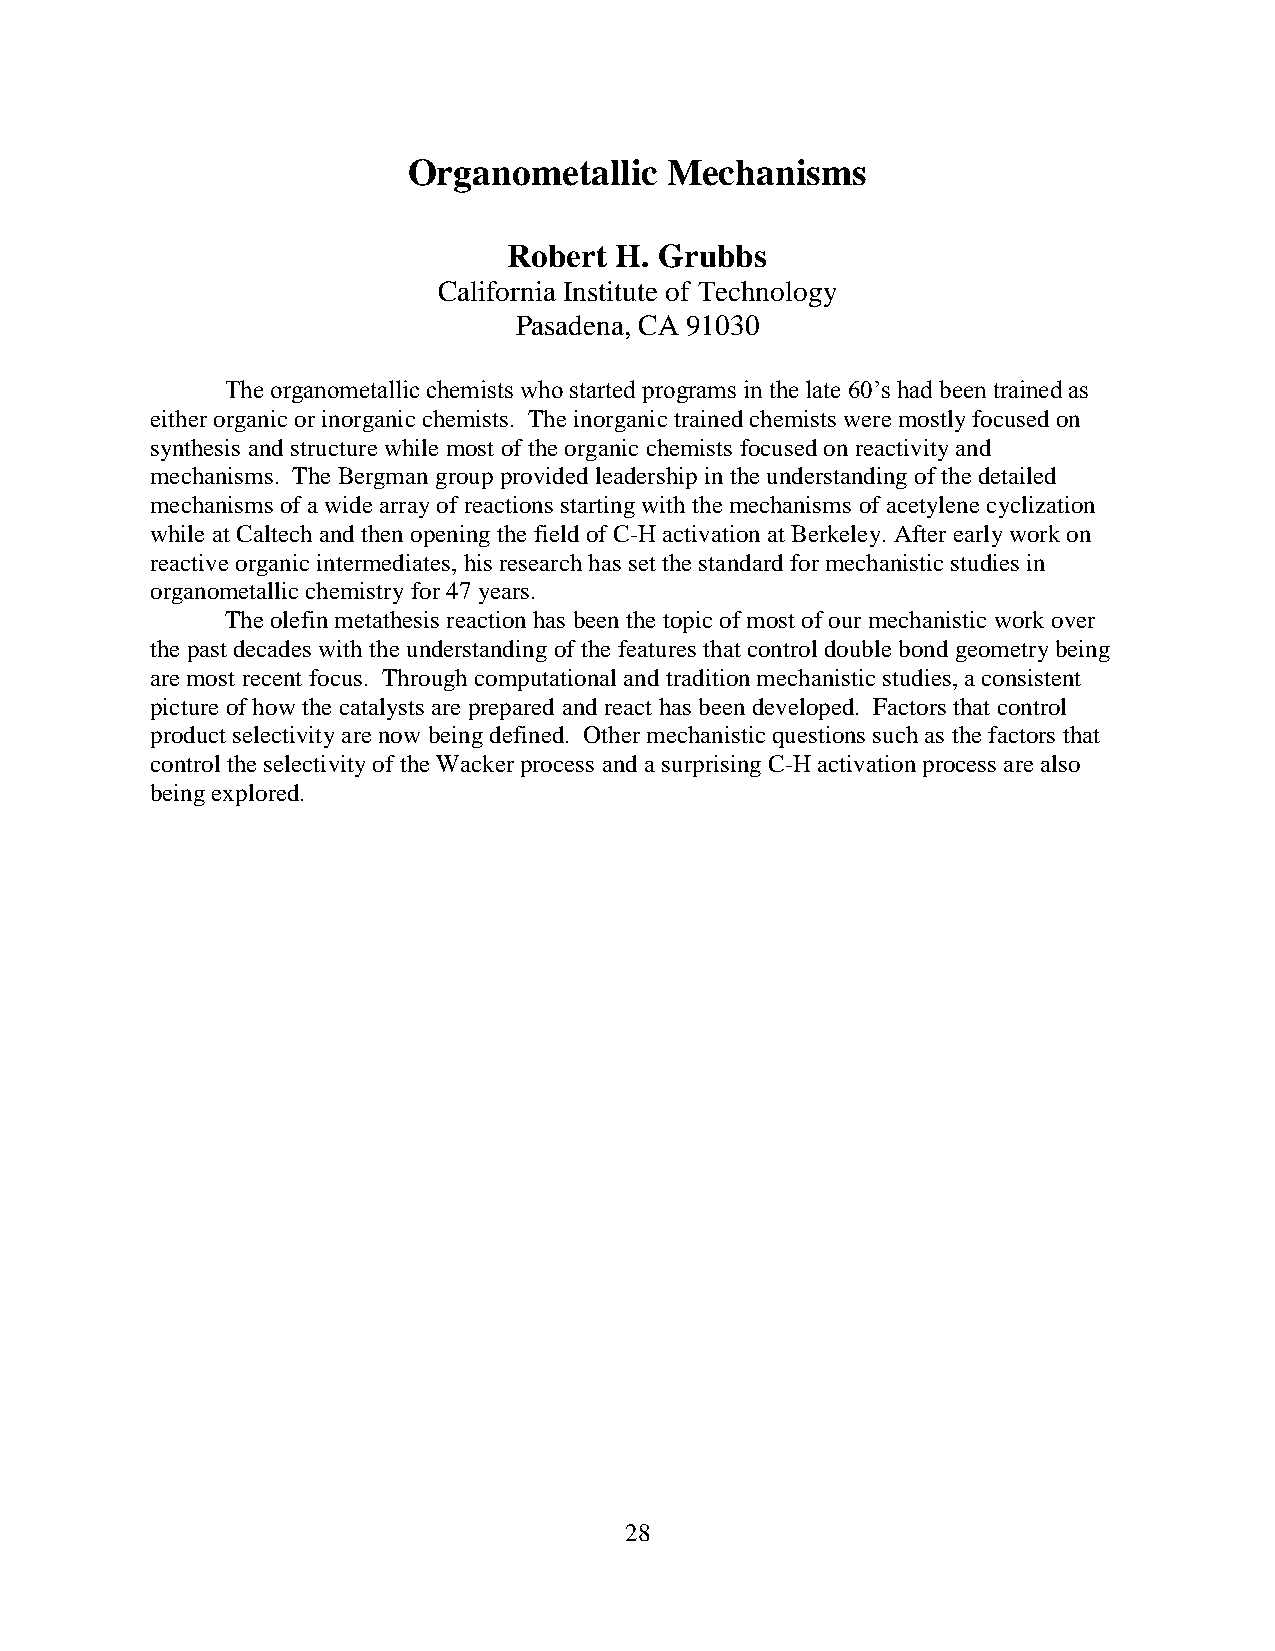
Organometallic   Mechanisms
 Robert H. Grubbs
 California Institute of Technology
 Pasadena, CA 91030
 The organometallic chemists who started programs in the late 60’s had been trained as
 either organic or inorganic chemists. The inorganic trained chemists were mostly focused on
 synthesis and structure while most of the organic chemists focused on reactivity and
 mechanisms. The Bergman group provided leadership in the understanding of the detailed
 mechanisms of a wide array of reactions starting with the mechanisms of acetylene cyclization
 while at Caltech and then opening the field of C-H activation at Berkeley. After early work on
 reactive organic intermediates, his research has set the standard for mechanistic studies in
 organometallic chemistry for 47 years.
 The olefin metathesis reaction has been the topic of most of our mechanistic work over
 the past decades with the understanding of the features that control double bond geometry being
 are most recent focus. Through computational and tradition mechanistic studies, a consistent
 picture of how the catalysts are prepared and react has been developed. Factors that control
 product selectivity are now being defined. Other mechanistic questions such as the factors that
 control the selectivity of the Wacker process and a surprising C-H activation process are also
 being explored.
 28